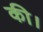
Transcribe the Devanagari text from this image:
की।